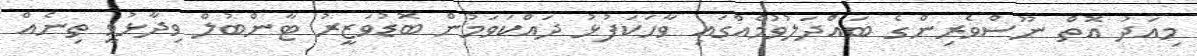
މިއަދު އޮތް ނޫސްވެރިންގެ ބައްދަލުވުމެއްގައި ވާހަކަފުޅު ދައްކަވަމުން ބޮޑުވަޒީރު ޓާންބުލް ވިދާޅުވީ ތިނެއް